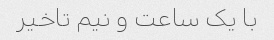
با یک ساعت و نیم تاخیر